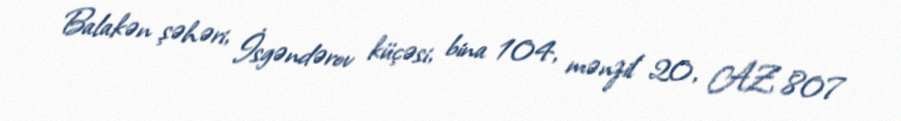
Balakən şəhəri, İsgəndərov küçəsi, bina 104, mənzil 20, AZ 807